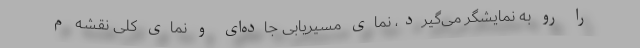
را رو به نمایشگر می‌گیرد، نمای مسیریابی جاده‌ای و نمای کلی نقشه م